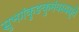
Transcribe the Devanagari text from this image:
सुभगंकुङकुमंयस्यसुते